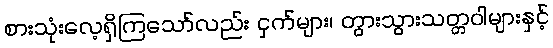
စားသုံးလေ့ရှိကြသော်လည်း ငှက်များ၊ တွားသွားသတ္တဝါများနှင့်